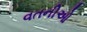
વતનીઓ